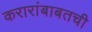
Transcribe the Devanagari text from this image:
करारांबाबतची